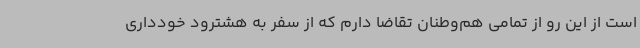
است از این رو از تمامی هم‌وطنان تقاضا دارم که از سفر به هشترود خودداری